Report of the Indian Hemp Drugs Commission, 1894-1895 - Volume IV
Year: 1894
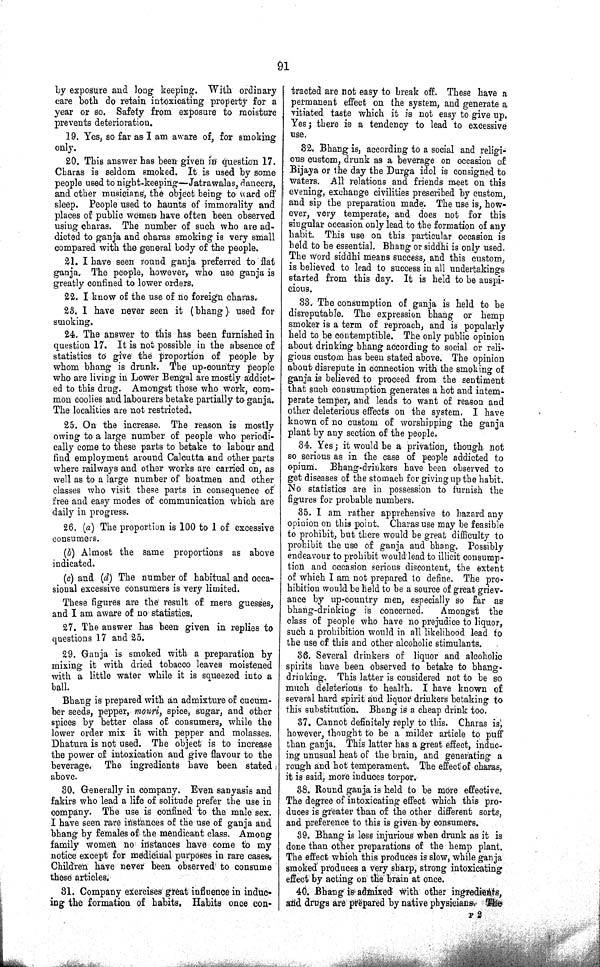
91
by exposure and long keeping. With ordinary
care both do retain intoxicating property for a
year or so. Safety from exposure to moisture
prevents deterioration.
19. Yes, so far as I am aware of, for smoking
only.
20. This answer has been given in question 17.
Charas is seldom smoked. It is used by some
people used to night-keeping—Jatrawalas, dancers,
and other musicians, the object being to ward off
sleep. People used to haunts of immorality and
places of public women have often been observed
using charas. The number of such who are ad¬
dicted to ganja and charas smoking is very small
compared with the general body of the people.
21. I have seen round ganja preferred to flat
ganja. The people, however, who use ganja is
greatly confined to lower orders.
22. I know of the use of no foreign charas.
23. I have never seen it (bhang) used for
smoking.
24. The answer to this has been furnished in
question 17. It is not possible in the absence of
statistics to give the proportion of people by
whom bhang is drunk. The up-country people
who are living in Lower Bengal are mostly addict-
ed to this drug. Amongst those who work, com¬
mon coolies and labourers betake partially to ganja.
The localities are not restricted.
25. On the increase. The reason is mostly
owing to a large number of people who periodi¬
cally come to these parts to betake to labour and
find employment around Calcutta and other parts
where railways and other works are carried on, as
well as to a large number of boatmen and other
classes who visit these parts in consequence of
free and easy modes of communication which are
daily in progress.
26. (a) The proportion is 100 to 1 of excessive
consumers.
(b) Almost the same proportions as above
indicated.
(c) and (d) The number of habitual and occa¬
sional excessive consumers is very limited.
These figures are the result of mere guesses,
and I am aware of no statistics.
27. The answer has been given in replies to
questions 17 and 25.
29. Ganja is smoked with a preparation by
mixing it with dried tobacco leaves moistened
with a little water while it is squeezed into a
ball.
Bhang is prepared with an admixture of cucum¬
ber seeds, pepper, mouri, spice, sugar, and other
spices by better class of consumers, while the
lower order mix it with pepper and molasses.
Dhatura is not used. The object is to increase
the power of intoxication and give flavour to the
beverage. The ingredients have been stated
above.
30. Generally in company. Even sanyasis and
fakirs who lead a life of solitude prefer the use in
company. The use is confined to the male sex.
I have seen rare instances of the use of ganja and
bhang by females of the mendicant class. Among
family women no instances have come to my
notice except for medicinal purposes in rare cases.
Children have never been observed to consume
these articles.
31. Company exercises great influence in induc¬
ing the formation of habits. Habits once con¬
tracted are not easy to break off. These have a
permanent effect on the system, and generate a
vitiated taste which it is not easy to give up.
Yes; there is a tendency to lead to excessive
use.
32. Bhang is, according to a social and religi¬
ous custom, drunk as a beverage on occasion of
Bijaya or the day the Durga idol is consigned to
waters. All relations and friends meet on this
evening, exchange civilities prescribed by custom,
and sip the preparation made. The use is, how¬
ever, very temperate, and does not for this
singular occasion only lead to the formation of any
habit. This use on this particular occasion is
held to be essential. Bhang or siddhi is only used.
The word siddhi means success, and this custom,
is believed to lead to success in all undertakings
started from this day. It is held to be auspi¬
cious.
33. The consumption of ganja is held to be
disreputable. The expression bhang or hemp
smoker is a term of reproach, and is popularly
held to be contemptible. The only public opinion
about drinking bhang according to social or reli¬
gious custom has been stated above. The opinion
about disrepute in connection with the smoking of
ganja is believed to proceed from the sentiment
that such consumption generates a hot and intem¬
perate temper, and leads to want of reason and
other deleterious effects on the system. I have
known of no custom of worshipping the ganja
plant by any section of the people.
34. Yes; it would be a privation, though not
so serious as in the case of people addicted to
opium. Bhang-drinkers have been observed to
get diseases of the stomach for giving up the habit.
No statistics are in possession to furnish the
figures for probable numbers.
35. I am rather apprehensive to hazard any
opinion on this point. Charas use may be feasible
to prohibit, but there would be great difficulty to
prohibit the use of ganja and bhang. Possibly
endeavour to prohibit would lead to illicit consump¬
tion and occasion serious discontent, the extent
of which I am not prepared to define. The pro¬
hibition would be held to be a source of great griev¬
ance by up-country men, especially so far as
bhang-drinking is concerned.
Amongst the
class of people who have no prejudice to liquor,
such a prohibition would in all likelihood lead to
the use of this and other alcoholic stimulants.
36. Several drinkers of liquor and alcoholic
spirits have been observed to betake to bhang-
drinking. This latter is considered not to be so
much deleterious to health. I have known of
several hard spirit and liquor drinkers betaking to
this substitution. Bhang is a cheap drink too.
37. Cannot definitely reply to this. Charas is,
however, thought to be a milder article to puff
than ganja. This latter has a great effect, induc¬
ing unusual heat of the brain, and generating a
rough and hot temperament. The effect of charas,
it is said, more induces torpor.
38. Round ganja is held to be more effective.
The degree of intoxicating effect which this pro¬
duces is greater than of the other different sorts,
and preference to this is given by consumers.
39. Bhang is less injurious when drunk as it is
done than other preparations of the hemp plant.
The effect which this produces is slow, while ganja
smoked produces a very sharp, strong intoxicating
effect by acting on the brain at once.
40. Bhang is admixed with other ingredients,
and drugs are prepared by native physicians. The
P 2